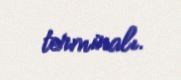
terminalı.